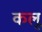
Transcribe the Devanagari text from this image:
कलू